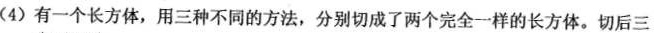
(4)有一个长方体，用三种不同的方法，分别切成了两个完全一样的长方体。切后三